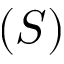
( S )